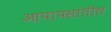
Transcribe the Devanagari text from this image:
आपापसांतील